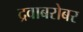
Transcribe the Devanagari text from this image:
द्रवाबरोबर